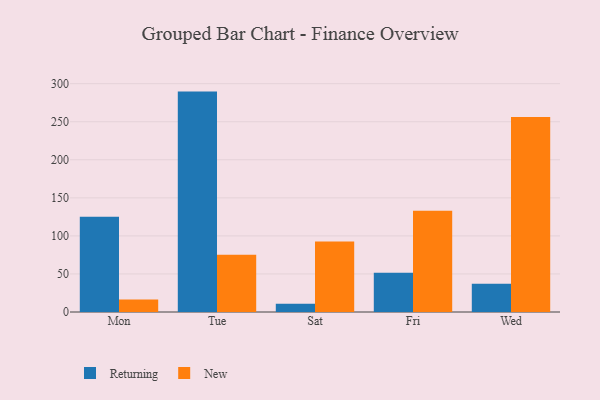
{"axis": {"x": "Day", "y": "Churn Rate (%)"}, "legend": ["New", "Returning"], "data": [{"x": "Mon", "y": 125.1, "type": "Returning"}, {"x": "Mon", "y": 16.5, "type": "New"}, {"x": "Tue", "y": 289.6, "type": "Returning"}, {"x": "Tue", "y": 75.3, "type": "New"}, {"x": "Sat", "y": 10.9, "type": "Returning"}, {"x": "Sat", "y": 92.5, "type": "New"}, {"x": "Fri", "y": 51.6, "type": "Returning"}, {"x": "Fri", "y": 133.1, "type": "New"}, {"x": "Wed", "y": 37.1, "type": "Returning"}, {"x": "Wed", "y": 256.1, "type": "New"}]}